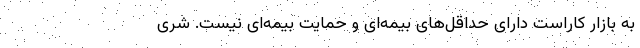
به بازار کاراست دارای حداقل‌های بیمه‌ای و حمایت بیمه‌ای نیست. شری